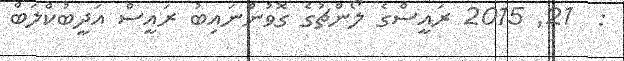
:  21